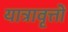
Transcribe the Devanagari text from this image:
यात्रावृत्तों